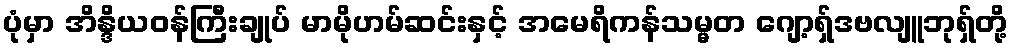
ပုံမှာ အိန္ဒိယဝန်ကြီးချုပ် မာမိုဟမ်ဆင်းနှင့် အမေရိကန်သမ္မတ ဂျော့ရှ်ဒဗလျူဘုရှ်တို့